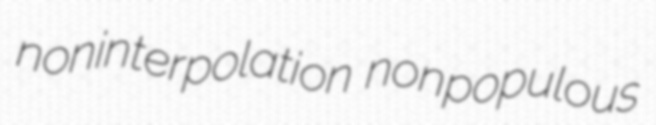
noninterpolation nonpopulous